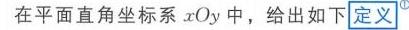
在平面直角坐标系\(xOy\)中，给出如下\(\boxed{\text{定义}^{\textcircled{1}}}\)